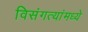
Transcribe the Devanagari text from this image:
विसंगत्यांमध्ये